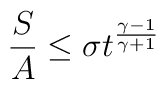
\frac{S}{A} \leq \sigma t^{\frac{\gamma-1}{\gamma+1}}